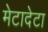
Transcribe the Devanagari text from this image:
मेटादेटा